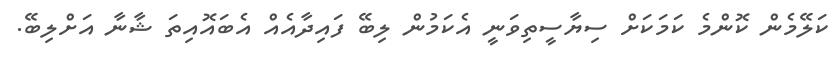
ކަލޭމެން ކޮންމެ ކަމަކަށް ސިޔާސީތިވަނީ އެކަމުން ލިބޭ ފައިދާއެއް އެބައޮއިތަ ޝާނާ އަށްލިބޭ.